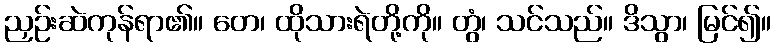
ညှဉ်းဆဲကုန်ရာ၏။ တေ၊ ထိုသားရဲတို့ကို။ တွံ၊ သင်သည်။ ဒိသွာ၊ မြင်၍။